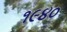
૧૯૪૦